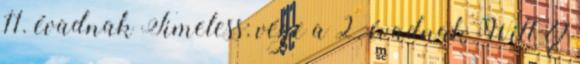
11. évadnak Timeless: vége a 2. évadnak Will &